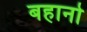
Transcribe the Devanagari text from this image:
बहानो